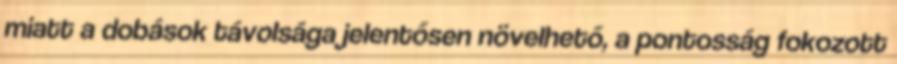
miatt a dobások távolsága jelentősen növelhető, a pontosság fokozott